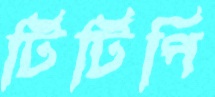
টিটিপি